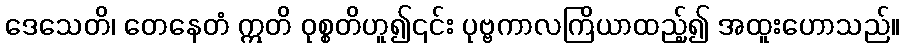
ဒေသေတိ၊ တေနေတံ ဣတိ ဝုစ္စတိဟူ၍၎င်း ပုဗ္ဗကာလကြိယာထည့်၍ အထူးဟောသည်။